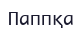
Паппқа